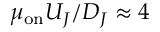
\mu _ { \mathrm { o n } } U _ { J } / D _ { J } \approx 4